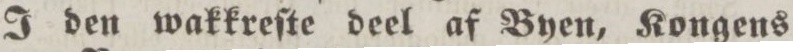
I den wakkreſte deel af Byen, Kongens